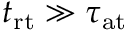
t _ { \mathrm { r t } } \gg \tau _ { \mathrm { a t } }